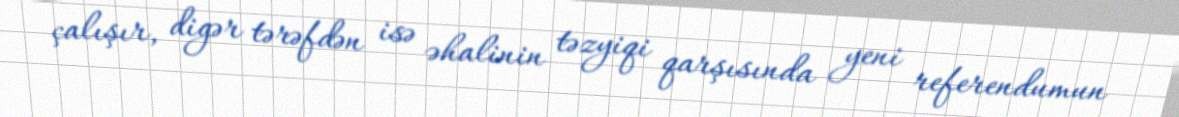
çalışır, digər tərəfdən isə əhalinin təzyiqi qarşısında yeni referendumun